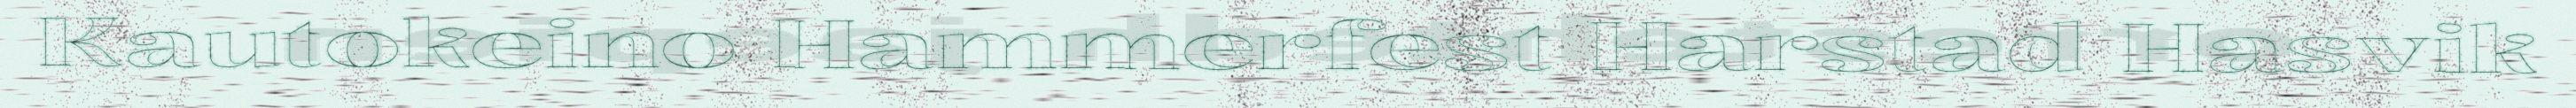
Kautokeino Hammerfest Harstad Hasvik